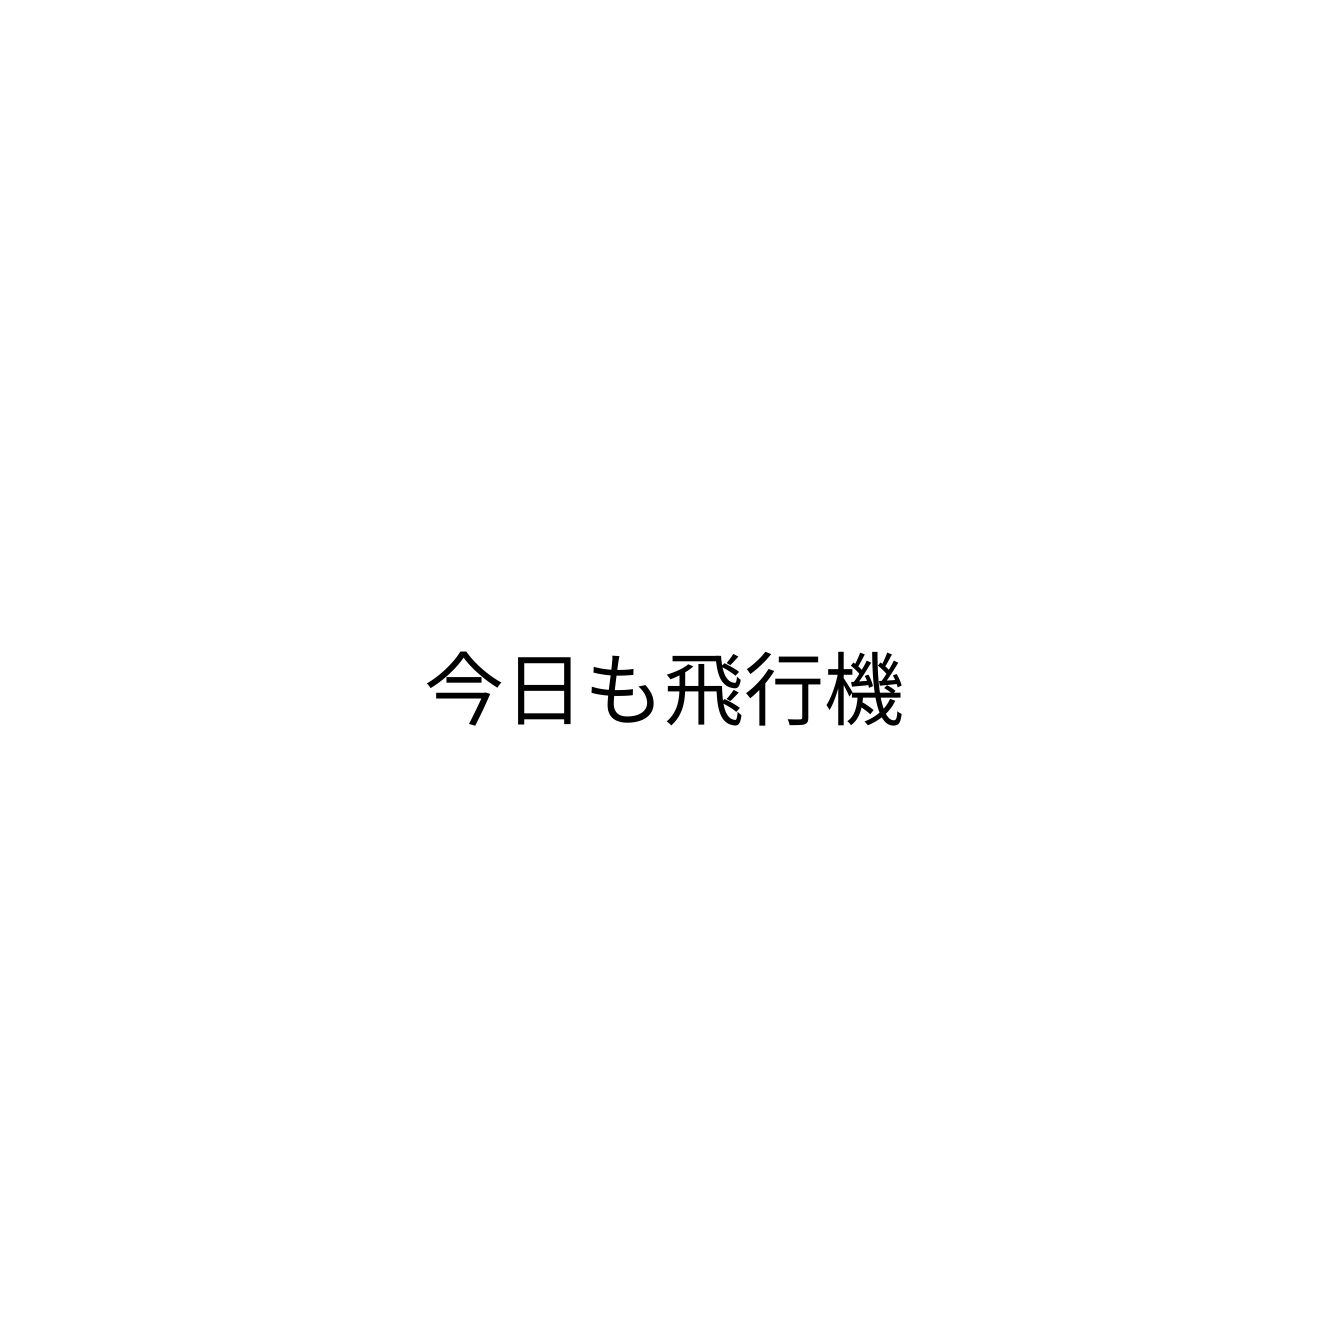
今日も飛行機